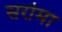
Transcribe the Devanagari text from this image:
सरोमा